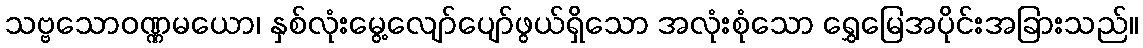
သဗ္ဗသောဝဏ္ဏမယော၊ နှစ်လုံးမွေ့လျော်ပျော်ဖွယ်ရှိသော အလုံးစုံသော ရွှေမြေအပိုင်းအခြားသည်။